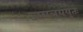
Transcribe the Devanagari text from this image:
जयत्रययुतः